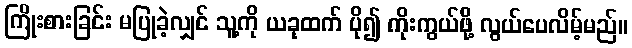
ကြိုးစားခြင်း မပြုခဲ့လျှင် သူ့ကို ယခုထက် ပို၍ ကိုးကွယ်ဖို့ လွယ်ပေလိမ့်မည်။